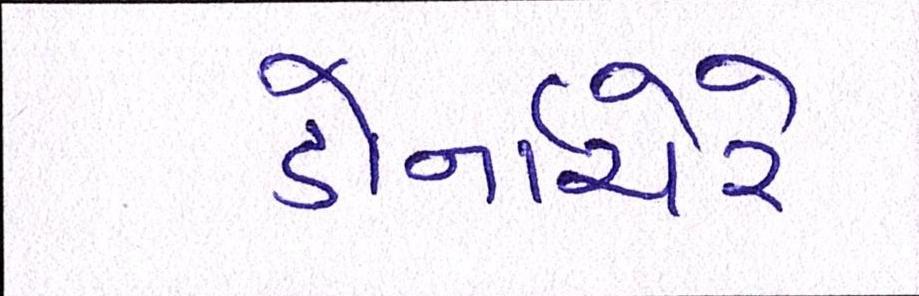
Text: ડોર્નાચેરે